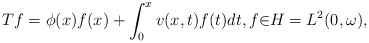
\begin{align*}Tf=\phi(x)f(x)+\int_{0}^{x}v(x,t)f(t)dt,f{\in}H=L^{2}(0,\omega),\end{align*}